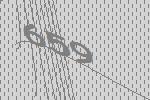
659